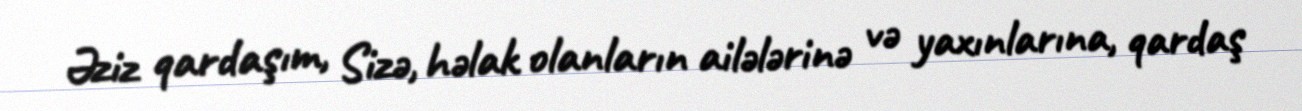
Əziz qardaşım, Sizə, həlak olanların ailələrinə və yaxınlarına, qardaş